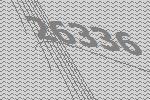
26336